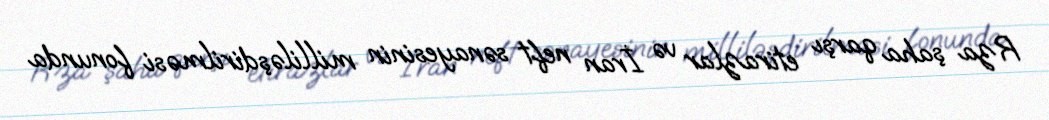
Rza şaha qarşı etirazlar və İran neft sənayesinin milliləşdirilməsi fonunda